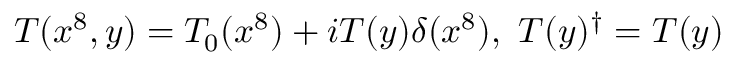
T ( x ^ { 8 } , y ) = T _ { 0 } ( x ^ { 8 } ) + i T ( y ) \delta ( x ^ { 8 } ) , \ T ( y ) ^ { \dag } = T ( y )